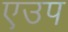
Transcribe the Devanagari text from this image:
एउप